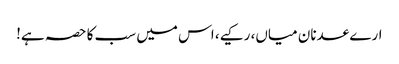
ارے عدنان میاں، رکیے، اس میں سب کا حصہ ہے!